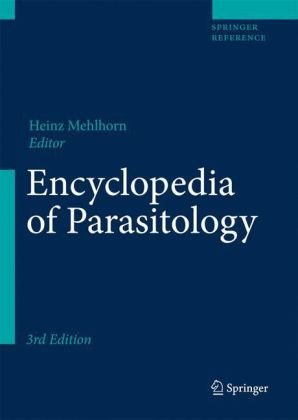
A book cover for Encyclopedia of Parasitology (Springer Reference); Medical Books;